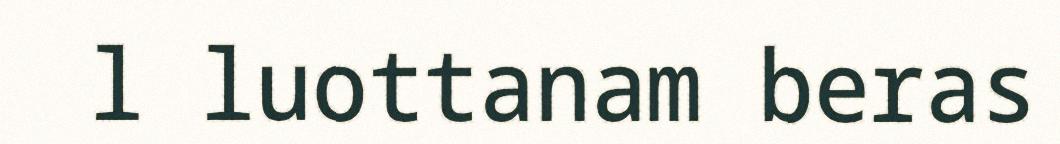
l luottanam beras